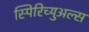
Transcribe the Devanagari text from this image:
स्पिरिच्युअल्स